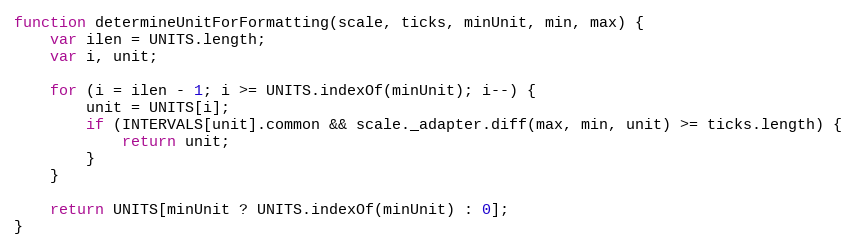
Language: JavaScript
function determineUnitForFormatting(scale, ticks, minUnit, min, max) {
	var ilen = UNITS.length;
	var i, unit;

	for (i = ilen - 1; i >= UNITS.indexOf(minUnit); i--) {
		unit = UNITS[i];
		if (INTERVALS[unit].common && scale._adapter.diff(max, min, unit) >= ticks.length) {
			return unit;
		}
	}

	return UNITS[minUnit ? UNITS.indexOf(minUnit) : 0];
}